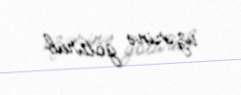
üzərinə götürüb.